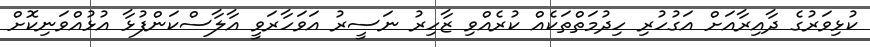
ކުޅިވަރުގެ ދާއިރާއަށް އަގުހުރި ހިދުމަތްތަކެއް ކުރެއްވި ޒާހިރު ނަސީރު އަވަހާރަވީ އާލާސްކަންފުޅާ އުޅުއްވަނިކޮށް